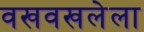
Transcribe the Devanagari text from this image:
वखवखलेला